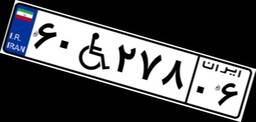
۶۰W۲۷۸۰۶